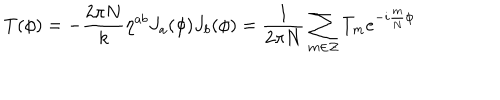
T ( \phi ) = - \frac { 2 \pi N } { k } \eta ^ { a b } J _ { a } ( \phi ) J _ { b } ( \phi ) = \frac { 1 } { 2 \pi N } \sum _ { m \in \cal { Z } } T _ { m } e ^ { - i \frac { m } { N } \phi }